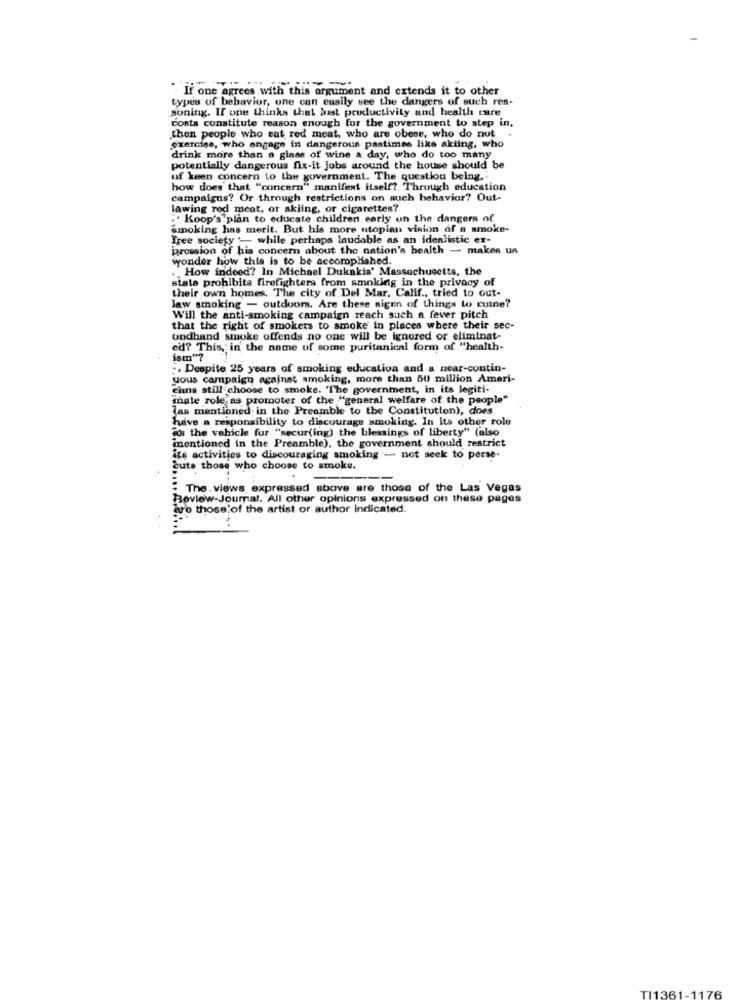
"If one agrees with this argument and extends it to other
types of behavior, une can eusily see the dangers of such ren-
soning. If one thinks that hast productivity and health care
costs constitute reason enough for the government to step in,
then people who eat red meat, who are obese, who do not
exercise, who engage in dangerous pastimes like skiing, who
drink more than a glass of wine a day, who do too many
potentially dangerous fix-it Jobs around the house should be
uf keen concern to the government. The question being ..
how does that "concern" manifest itself? Through education
campaigns? Or through restrictions on auch behavior? Out-
lawing red meat, or skiing, or cigarettes?
:. Koop's plan to educate children early on the dangers of
Smoking has merit. But his more utopian vision of a smoke-
Tree society - while perhaps laudable as an idealistic ex-
pression of his concern about the nation's health - makes us
wonder how this is to be accomplished.
.. How indeed? In Michael Dukakis' Massachusetts, the
state prohibits firefighters from smoking in the privacy of
their own homes. The city of Del Mar, Calif ., tried to cut-
law smoking - outdoors. Are these signs of things to cuine?
Will the anti-smoking campaign reach such a fever pitch
that the right of smokers to smoke in places where their sec-
ondhand smoke offends no one will be ignored or eliminat-
ed? This, in the name of some puritanical form of "health-
ism"?
:, Despite 25 years of smoking education and a near-contin-
yous campaign against smoking, more than BU million Ameri-
chans still choose to smoke. "The government, in its legiti-
mate role as promoter of the "general welfare of the people"
Jas mentioned in the Preamble to the Constitution), does
Juive a responsibility to discourage smoking. In Its other role
as the vehicle fur "secur(ing) the blessings of liberty" (also
mentioned in the Preamble), the government should restrict
its activities to discouraging smoking - not seek to perse-
Zute those who choose to smoke.
--
: The. views expressed above are those of the Las Vegas
Review-Journal. All other opinions expressed on these pages
are those of the artist or author indicated.
TI1361-1
176